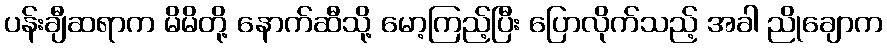
ပန်းချီဆရာက မိမိတို့ နောက်ဆီသို့ မော့ကြည့်ပြီး ပြောလိုက်သည့် အခါ ညိုချောက